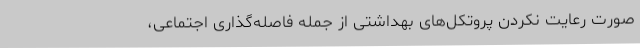
صورت رعایت نکردن پروتکل‌های بهداشتی از جمله فاصله‌گذاری اجتماعی،